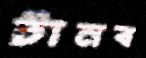
টানব